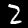
Label: 2